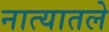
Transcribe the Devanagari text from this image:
नात्यातले